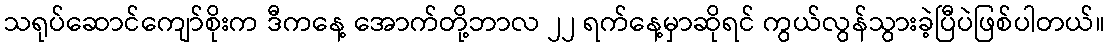
သရုပ်ဆောင်ကျော်စိုးက ဒီကနေ့ အောက်တို့ဘာလ ၂၂ ရက်နေ့မှာဆိုရင် ကွယ်လွန်သွားခဲ့ပြီပဲဖြစ်ပါတယ်။